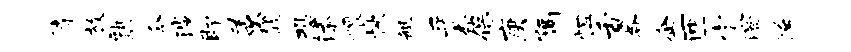
待放熟今涉即羡馥恐添煨怏艇平杏保庚隔怛舌晷企匝定澄隘